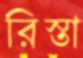
রিস্তা